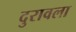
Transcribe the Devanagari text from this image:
दुरावला